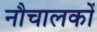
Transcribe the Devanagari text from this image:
नौचालकों